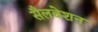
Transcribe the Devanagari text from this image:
सैलवेशन